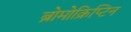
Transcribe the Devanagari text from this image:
ब्रोमोक्रिप्टिन